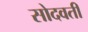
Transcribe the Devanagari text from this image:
सोदवती